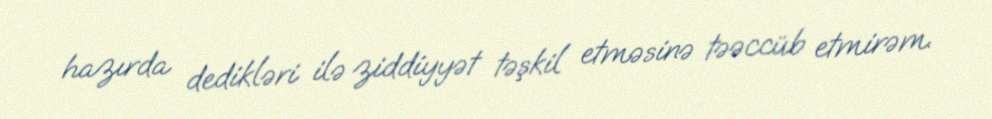
hazırda dedikləri ilə ziddiyyət təşkil etməsinə təəccüb etmirəm.